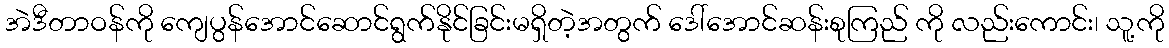
အဲဒီတာဝန်ကို ကျေပွန်အောင်ဆောင်ရွက်နိုင်ခြင်းမရှိတဲ့အတွက် ဒေါ်အောင်ဆန်းစုကြည် ကို လည်းကောင်း၊ သူ့ကို